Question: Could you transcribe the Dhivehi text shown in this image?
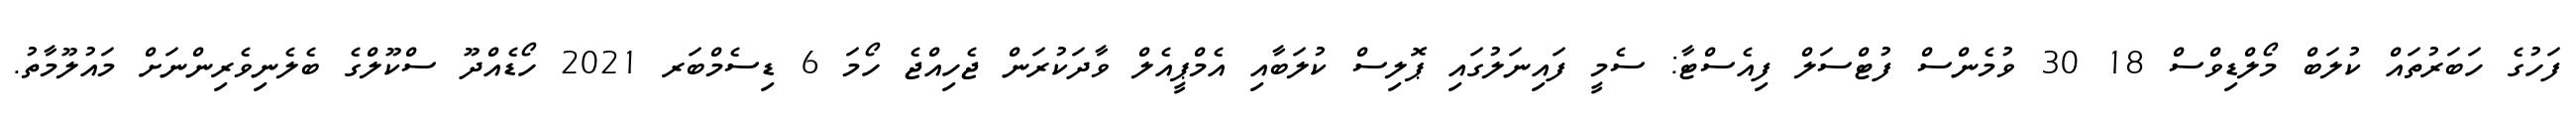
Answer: ފަހުގެ ހަބަރުތައް ކުލަބް މޯލްޑިވްސް 18 30 ވުމެންސް ފުޓްސަލް ފިއެސްޓާ: ސެމީ ފައިނަލުގައި ޕޮލިސް ކުލަބާއި އެމްޕީއެލް ވާދަކުރަން ޖެހިއްޖެ ހޯމަ 6 ޑިސެމްބަރ 2021 ހޯޑެއްދޫ ސްކޫލްގެ ބެލެނިވެރިންނަށް މައުލޫމާތު.